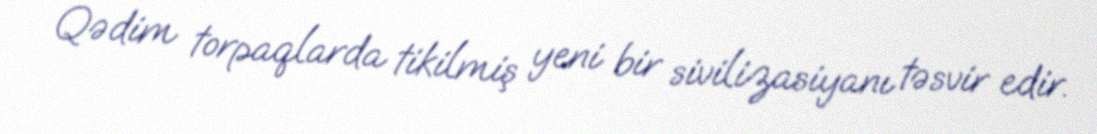
Qədim torpaqlarda tikilmiş yeni bir sivilizasiyanı təsvir edir.